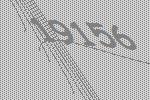
19156